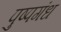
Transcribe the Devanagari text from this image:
पुष्पगंध